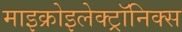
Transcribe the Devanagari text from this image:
माइक्रोइलेक्ट्रॉनिक्स